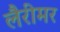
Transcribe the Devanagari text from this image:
लैरीमर